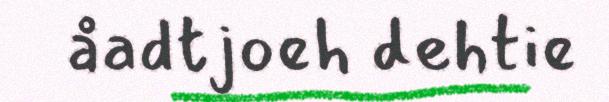
åadtjoeh dehtie